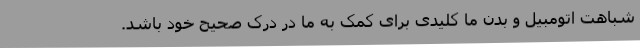
شباهت اتومبیل و بدن ما کلیدی برای کمک به ما در درک صحیح خود باشد.